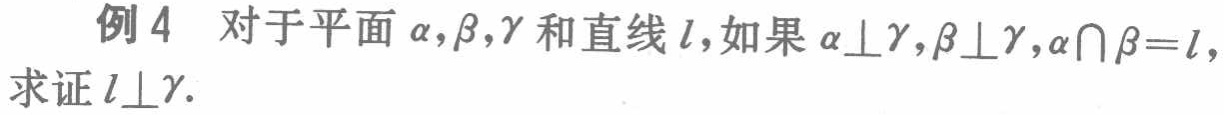
例4 对于平面\(\alpha,\beta,\gamma\)和直线\(l\)，如果\(\alpha\perp\gamma,\beta\perp\gamma,\alpha\cap\beta = l\)，求证\(l\perp\gamma\).